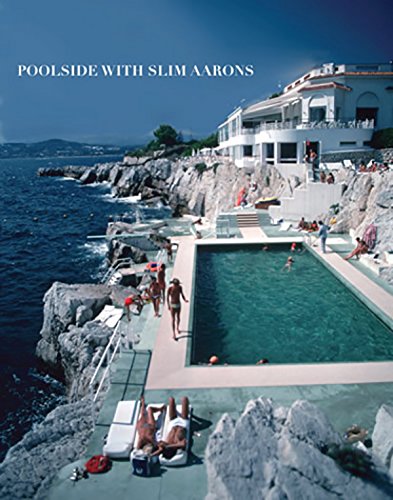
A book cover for Poolside With Slim Aarons; Arts & Photography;